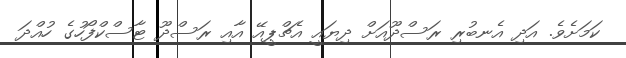
ކަމަށެވެ. އަދި އެނބުރި ރަސްދޫއަށް ދިޔައީ އެޗްޕީއޭ އާއި ރަސްދޫ ޓާސްކްފޯހުގެ ހުއްދަ